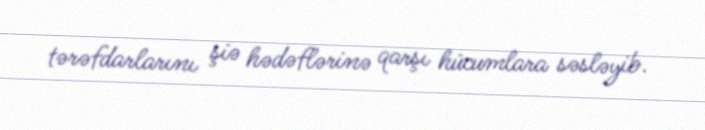
tərəfdarlarını şiə hədəflərinə qarşı hücumlara səsləyib.